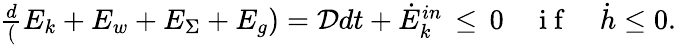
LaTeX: \begin{array}{r}{\frac{d}(E_{k}+E_{w}+E_{\Sigma}+E_{g})=\mathcal{D}{dt}+\dot{E}_{k}^{in}\, \leq\, 0\quad\mathrm{~i~f~}\quad\dot{h}\leq 0.}\end{array}